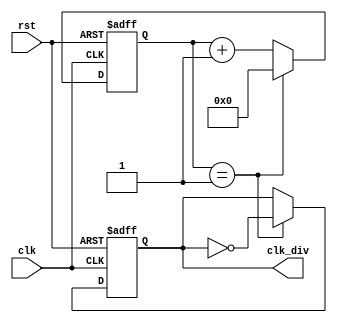
`timescale 1ns / 1ps
//////////////////////////////////////////////////////////////////////////////////
// Company: 
// 
// Design Name:     Clock Divider
// Module Name:     clock_divider
// Project Name:    Verilog Examples
// Target Devices:  XC6SLX45 (CSG324)
// Tool versions:   Xilinx ISE 14.7 Windows
// Description:     Devides main clock to 50000000.
//
// Dependencies: 
//
// Revision:
// Revision 0.01 - File Created
// Revision 1.00 - Project completed
//
//////////////////////////////////////////////////////////////////////////////////

module clock_divider(
    input clk,
    input rst,
    output reg clk_div
    );

reg [31:0] count;

// Select this for simulation
localparam freq_val = 2;
// Select this for real test
//localparam freq_val = 50000000;

always @(posedge(clk) or negedge(rst))
begin
	if(!rst)
	begin
		// Reset count and clk_div
		count <= 0;
		clk_div <= 0;
	end
	else if(count == (freq_val-1))
	begin
		count <= 0;
		// Toggle divided clock (clk_div)
		clk_div <= ~clk_div;
	end
	else
	// Increase count by 1
		count <= count + 1;
end

endmodule